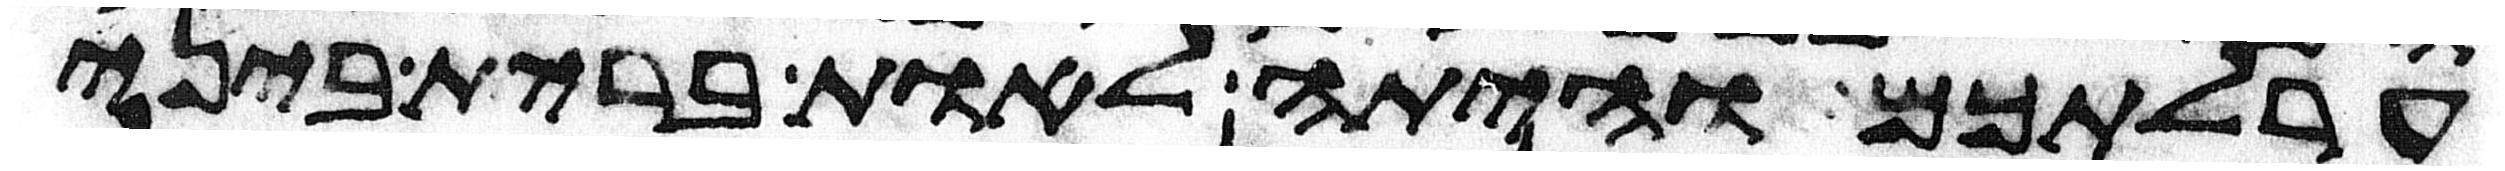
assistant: ערלתכם והיתה לאות ברית ביני